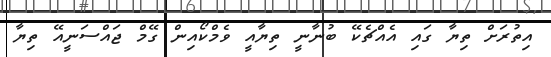
އިތުރަށް ތިޔާ ގައި އެއްޗެކޭ ބުނާނީ ތިޔާއީ ވެމްކޯއިން ގޭމް ޖައްސަނީއޭ ތިޔާ